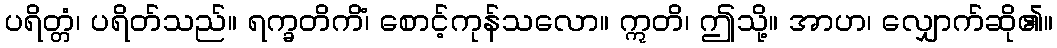
ပရိတ္တံ၊ ပရိတ်သည်။ ရက္ခတိကိံ၊ စောင့်ကုန်သလော။ ဣတိ၊ ဤသို့။ အာဟ၊ လျှောက်ဆို၏။